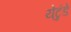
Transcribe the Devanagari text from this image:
येटुंडे